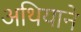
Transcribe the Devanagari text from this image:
अथियाने